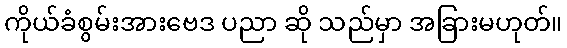
ကိုယ်ခံစွမ်းအားဗေဒ ပညာ ဆို သည်မှာ အခြားမဟုတ်။